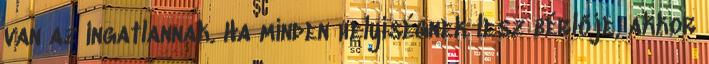
van az ingatlannak. Ha minden helyiségnek lesz bérlője, akkor